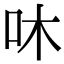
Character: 㕲